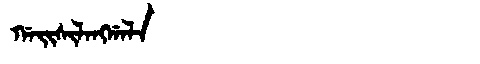
Manchu: ᡤᠠᡳᠰᡳᠯᠠᠩᡤᠠᠯᠠ
Romanization: GAISILANGGALA